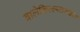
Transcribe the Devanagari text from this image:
बालेकिल्ल्याकडील